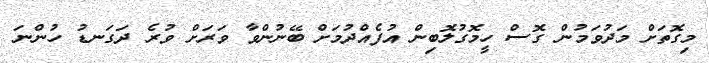
މިގޮތަށް މަދުވަމުން ގޮސް ހީމޮގުލޮބިން އުފެއްދުމަށް ބޭނުންވާ ވަރަށް ވުރެ ދަގަނޑު ހުންނަ